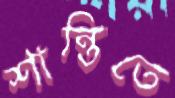
শান্তিতে